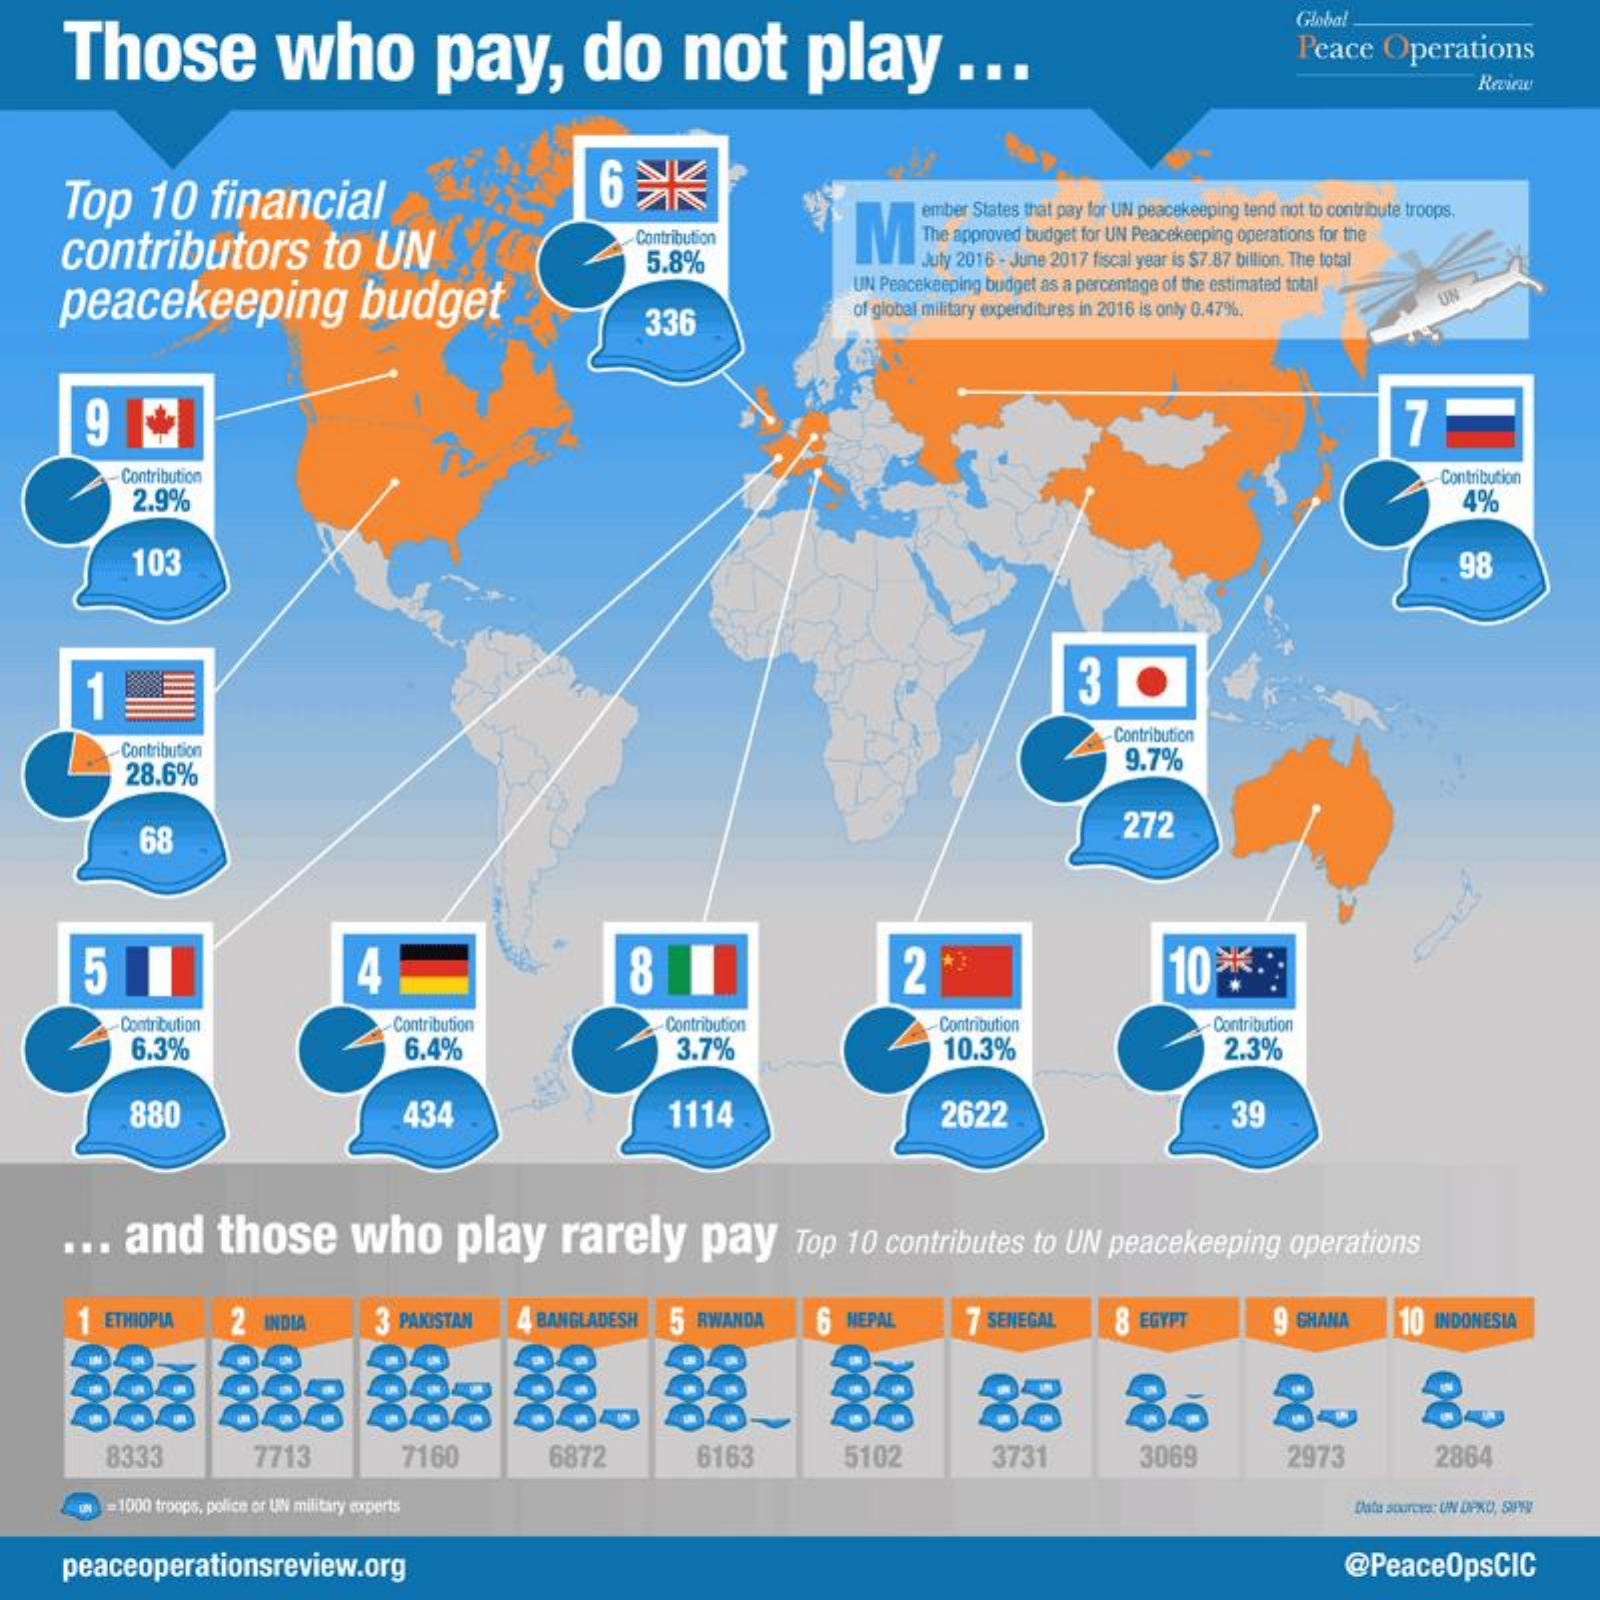
Those    who    pay,    do   not   play    ...
     Globa
     Peace Operations
   Top 10 financial A    6 米
     ember States that pay for UN peacekeeping tend not to contribute troops.
   contributors to UN    (
     Contribution IVThe approved budget for UN Peacekeeping operations for the
     July 2016 - June 2017 fiscal year is $7.87 billion. The total
   peacekeeping   budget
     5.8%
     UN Peacekeeping budget as a percentage of the estimated total
     336    of global military expenditures in 2016 is only 0.47%.
     7
     Contribution    Contribution
     2.9%    4%
     103    98
     1
     Contribution
     Contribution
     28.6%
     9.7%
     68    272
     4    8    2    10 KS
     Contribution  Contribution  Contribution
     3.7%    10.3%
     - Contribution
     6.3%    6.4%
     Contribution
     2.3%
     880    434    1114    2622    39
   ... and those  who  play rarely pay  Top 10 contributes to UN peacekeeping operations
    1 ETMIOPU    3 PAKISTAN 4 BANGLADESH 5 RWANDA 6 NEPAL 7 SENEGAL 8 EGYPT 9 GHANA 10 INDONESIA
    888
     38    88 888 888 860
     88    88    80
     8333   7713   7160    6872   6163    5102   3731   3069    2973   2864
     =1000 troops, police or UN military experts
   peaceoperationsreview.org    @PeaceOpsCIC